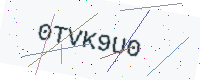
Text: 0TVK9U0